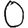
Digit: 0